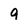
Character: 9